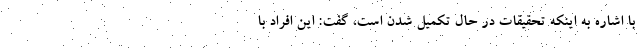
با اشاره به اینکه تحقیقات در حال تکمیل شدن است، گفت: این افراد با